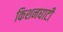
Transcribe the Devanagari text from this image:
किशनघाटी